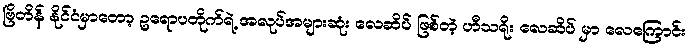
ဗြိတိန် နိုင်ငံမှာတော့ ဥရောပတိုက်ရဲ့ အလုပ်အများဆုံး လေဆိပ် ဖြစ်တဲ့ ဟီသရိုး လေဆိပ် မှာ လေကြောင်း